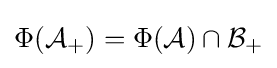
\Phi ({\mathcal {A}}_{+})=\Phi ({\mathcal {A}})\cap {\mathcal {B}}_{+}